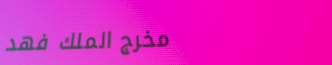
مخرج الملك فهد